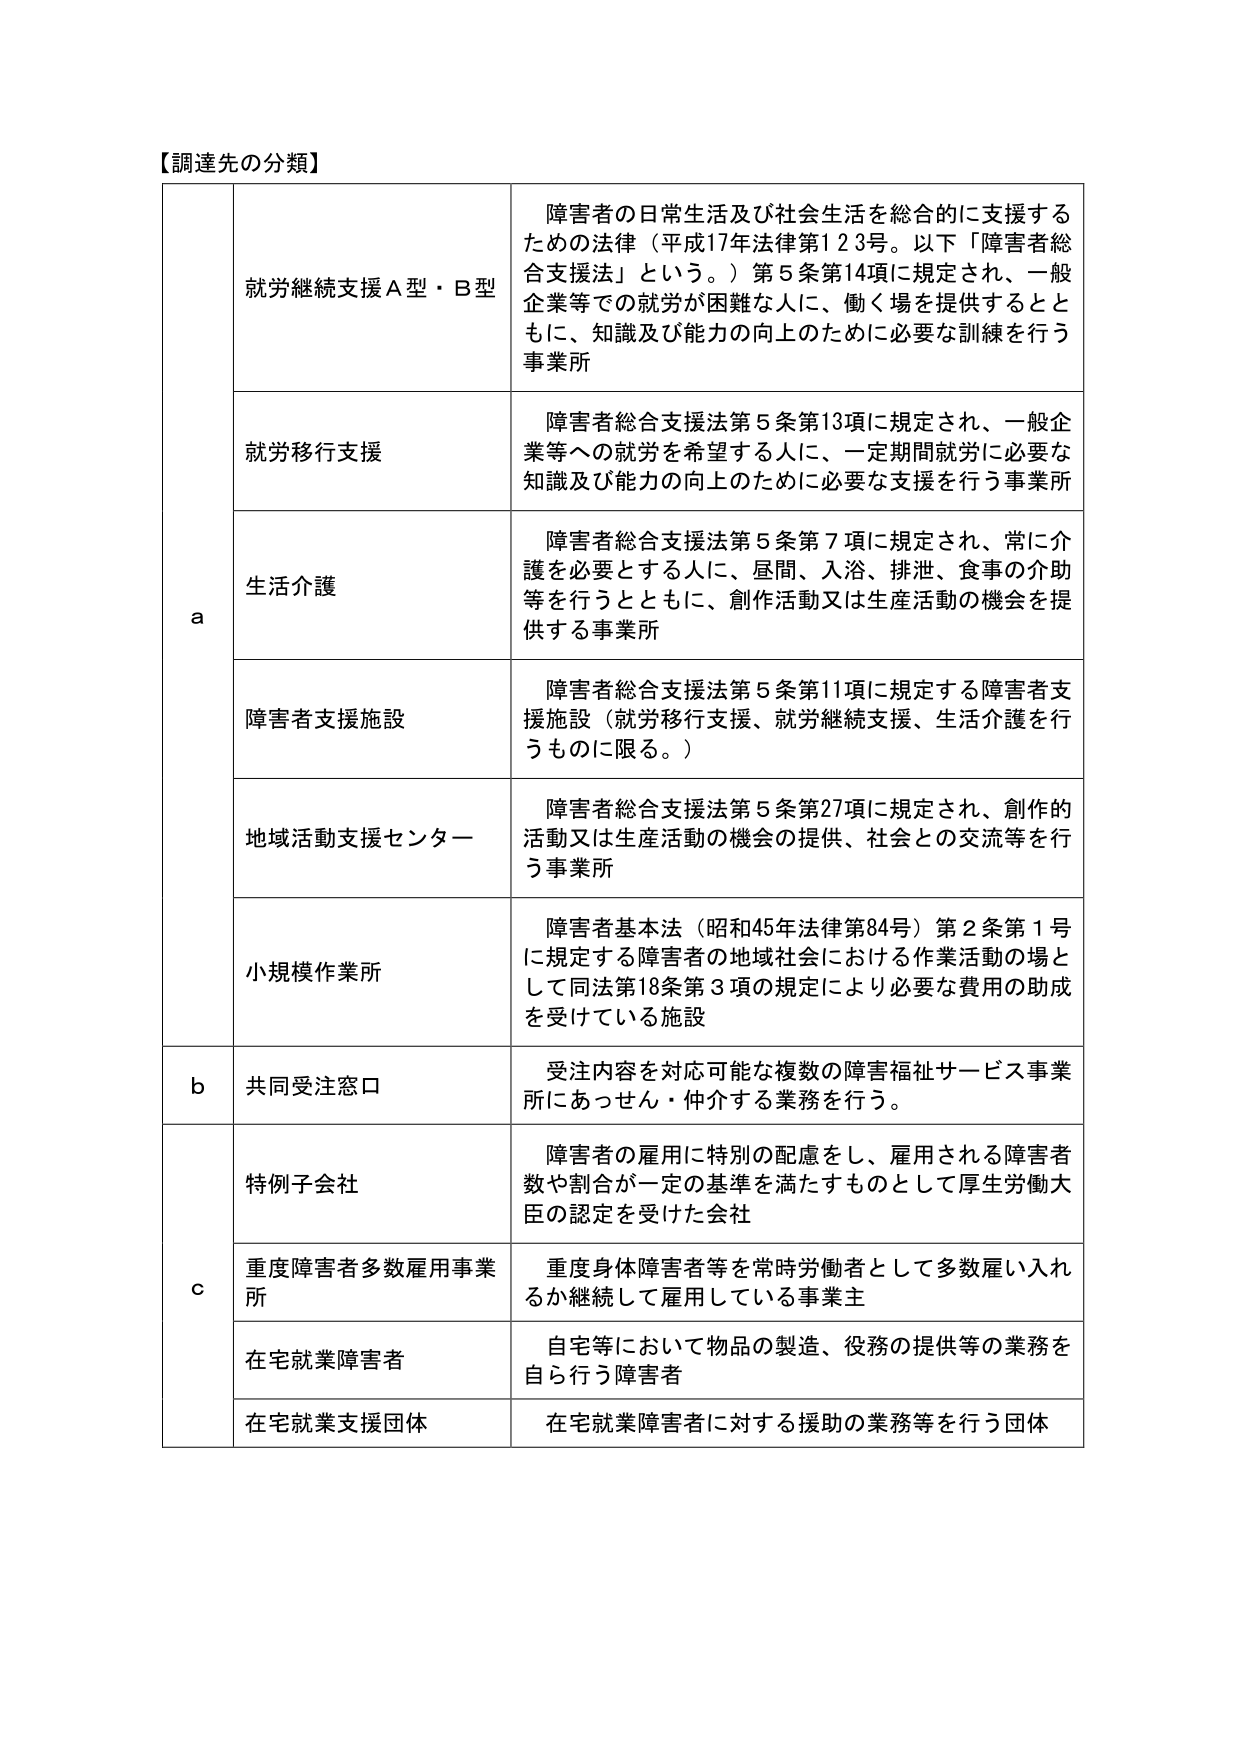
【調達先の分類】

a
就労継続支援Ａ型・Ｂ型
障害者の日常生活及び社会生活を総合的に支援するための法律（平成17年法律第123号。以下「障害者総合支援法」という。）第5条第14項に規定され、一般企業等での就労が困難な人に、働く場を提供するとともに、知識及び能力の向上のために必要な訓練を行う事業所

就労移行支援
障害者総合支援法第5条第13項に規定され、一般企業等への就労を希望する人に、一定期間就労に必要な知識及び能力の向上のために必要な支援を行う事業所

生活介護
障害者総合支援法第5条第7項に規定され、常に介護を必要とする人に、昼間、入浴、排泄、食事の介助等を行うとともに、創作活動又は生産活動の機会を提供する事業所

障害者支援施設
障害者総合支援法第5条第11項に規定する障害者支援施設（就労移行支援、就労継続支援、生活介護を行うものに限る。）

地域活動支援センター
障害者総合支援法第5条第27項に規定され、創作的活動又は生産活動の機会の提供、社会との交流等を行う事業所

小規模作業所
障害者基本法（昭和45年法律第84号）第2条第1号に規定する障害者の地域社会における作業活動の場として同法第18条第3項の規定により必要な費用の助成を受けている施設

b
共同受注窓口
受注内容を対応可能な複数の障害福祉サービス事業所にあっせん・仲介する業務を行う。

c
特例子会社
障害者の雇用に特別の配慮をし、雇用される障害者数や割合が一定の基準を満たすものとして厚生労働大臣の認定を受けた会社

重度障害者多数雇用事業所
重度身体障害者等を常時労働者として多数雇い入れるか継続して雇用している事業主

在宅就業障害者
自宅等において物品の製造、役務の提供等の業務を自ら行う障害者

在宅就業支援団体
在宅就業障害者に対する援助の業務等を行う団体